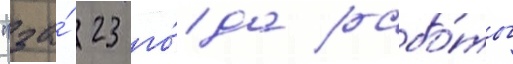
"за́ 23 го́да рабо́ты